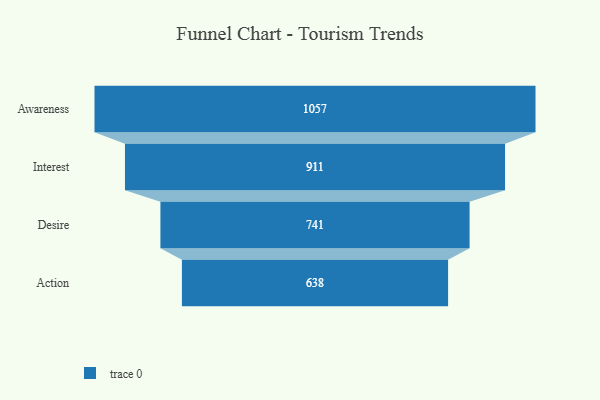
{"axis": {"x": "Stage", "y": "Value"}, "legend": [""], "data": [{"x": "Awareness", "y": 1057.0, "type": ""}, {"x": "Interest", "y": 911.0, "type": ""}, {"x": "Desire", "y": 741.0, "type": ""}, {"x": "Action", "y": 638.0, "type": ""}]}